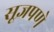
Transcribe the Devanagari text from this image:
सूज्ञपणे